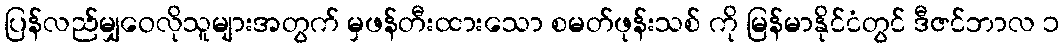
ပြန်လည်မျှဝေလိုသူများအတွက် မှဖန်တီးထားသော စမတ်ဖုန်းသစ် ကို မြန်မာနိုင်ငံတွင် ဒီဇင်ဘာလ ၁